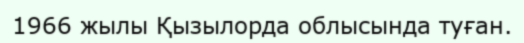
1966 жылы Қызылорда облысында туған.